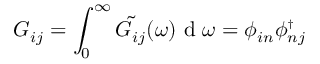
G _ { i j } = \int _ { 0 } ^ { \infty } \tilde { G _ { i j } } ( \omega ) \mathrm { ~ d ~ } \omega = \phi _ { i n } \ensuremath { \phi _ { n j } ^ { \scriptscriptstyle \dag } }